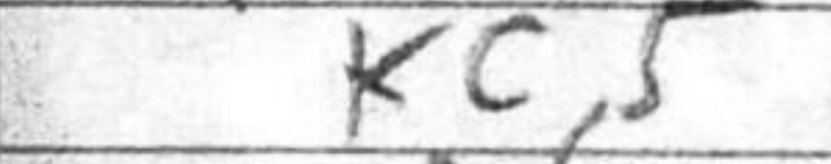
Transcription: Kc5